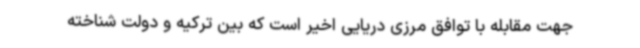
جهت مقابله با توافق مرزی دریایی اخیر است که بین ترکیه و دولت شناخته